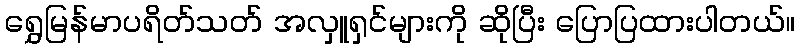
ရွှေမြန်မာပရိတ်သတ် အလှူရှင်များကို ဆိုပြီး ပြောပြထားပါတယ်။